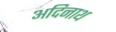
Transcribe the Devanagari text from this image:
अदिनाथ